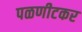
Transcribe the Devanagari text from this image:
पळणीटकर